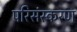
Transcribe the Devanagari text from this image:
परिसंस्करण